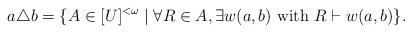
LaTeX: \begin{align*} a\triangle b = \{ A\in[U]^{<\omega} \mid \forall R\in A,\exists w(a,b) \mbox{ with } R \vdash w(a,b)\}. \end{align*}